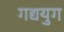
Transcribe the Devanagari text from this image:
गद्ययुग